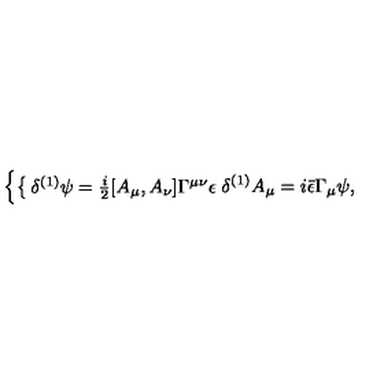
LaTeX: \left\{ \begin{cases} { \delta ^ { ( 1 ) } \psi = \frac { i } { 2 } [ A _ { \mu } , A _ { \nu } ] \Gamma ^ { \mu \nu } \epsilon } \\ { \delta ^ { ( 1 ) } A _ { \mu } = i { \bar { \epsilon } } \Gamma _ { \mu } \psi , } \\ \end{cases} \right.